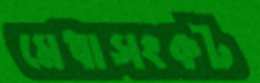
মেধাসংকট